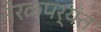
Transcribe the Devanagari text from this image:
नेरळपर्यंत